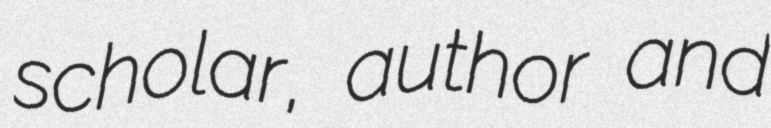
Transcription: scholar, author and